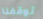
توقفنا